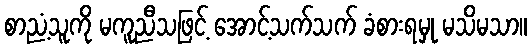
စာညံ့သူကို မကူညီသဖြင့် အောင့်သက်သက် ခံစားရမှု မသိမသာ။